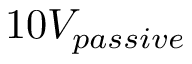
1 0 V _ { p a s s i v e }